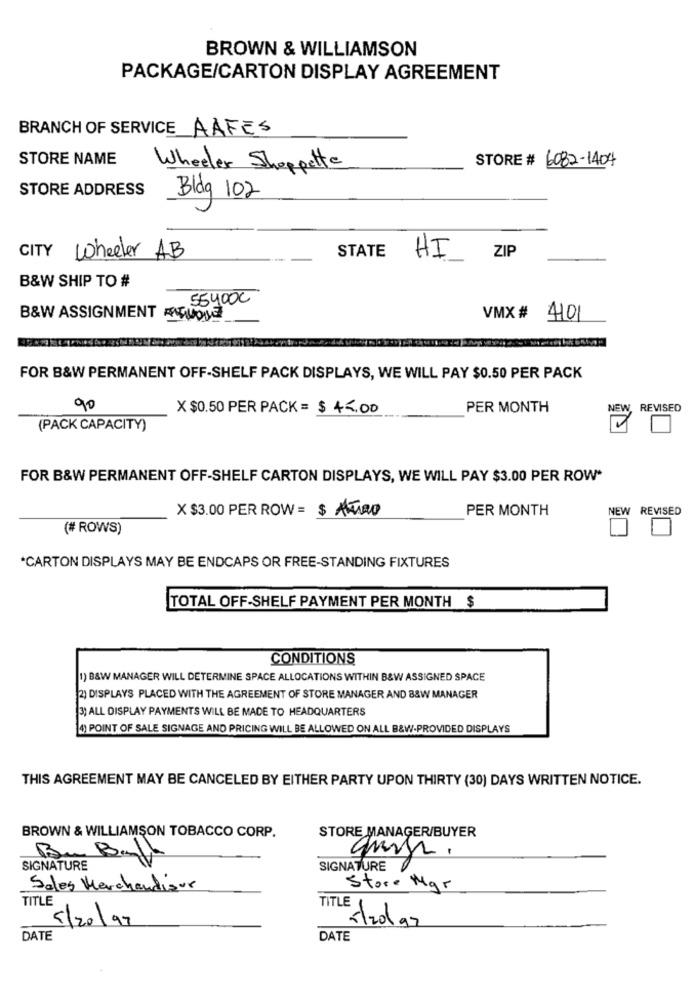
BROWN & WILLIAMSON
PACKAGE/CARTON DISPLAY AGREEMENT
BRANCH OF SERVICE AAFES
STORE NAME
STORE # 6082-1404
Wheeler Shopette
STORE ADDRESS
Bldg 102
CITY Wheeler AB
STATE
HI
ZIP
B&W SHIP TO #
55400C
B&W ASSIGNMENT CLOSE
VMX # 4101
FOR B&W PERMANENT OFF-SHELF PACK DISPLAYS, WE WILL PAY $0.50 PER PACK
90
X $0.50 PER PACK = $ 45.00
PER MONTH
NEW
REVISED
(PACK CAPACITY)
FOR B&W PERMANENT OFF-SHELF CARTON DISPLAYS, WE WILL PAY $3.00 PER ROW*
X $3.00 PER ROW = $ ALTRO
PER MONTH
NEW REVISED
(# ROWS)
*CARTON DISPLAYS MAY BE ENDCAPS OR FREE-STANDING FIXTURES
TOTAL OFF-SHELF PAYMENT PER MONTH $
CONDITIONS
1) B&W MANAGER WILL DETERMINE SPACE ALLOCATIONS WITHIN B&W ASSIGNED SPACE
2) DISPLAYS PLACED WITH THE AGREEMENT OF STORE MANAGER AND 88W MANAGER
(3) ALL DISPLAY PAYMENTS WILL BE MADE TO HEADQUARTERS
4) POINT OF SALE SIGNAGE AND PRICING WILL BE ALLOWED ON ALL B&W-PROVIDED DISPLAYS
THIS AGREEMENT MAY BE CANCELED BY EITHER PARTY UPON THIRTY (30) DAYS WRITTEN NOTICE.
BROWN & WILLIAMSON TOBACCO CORP.
STORE MANAGER/BUYER
Bu Balk
SIGNATURE
SIGNATURE
Sales Merchandisur
Store Mgr
TITLE
TITLE
5/20/97
Szolaz
DATE
DATE